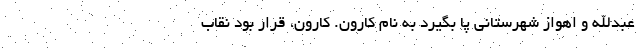
عبدالله و اهواز شهرستانی پا بگیرد به نام کارون. کارون، قرار بود نقاب